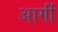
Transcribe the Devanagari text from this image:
आर्गी